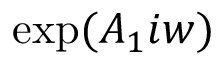
\exp ( A _ { 1 } i w )